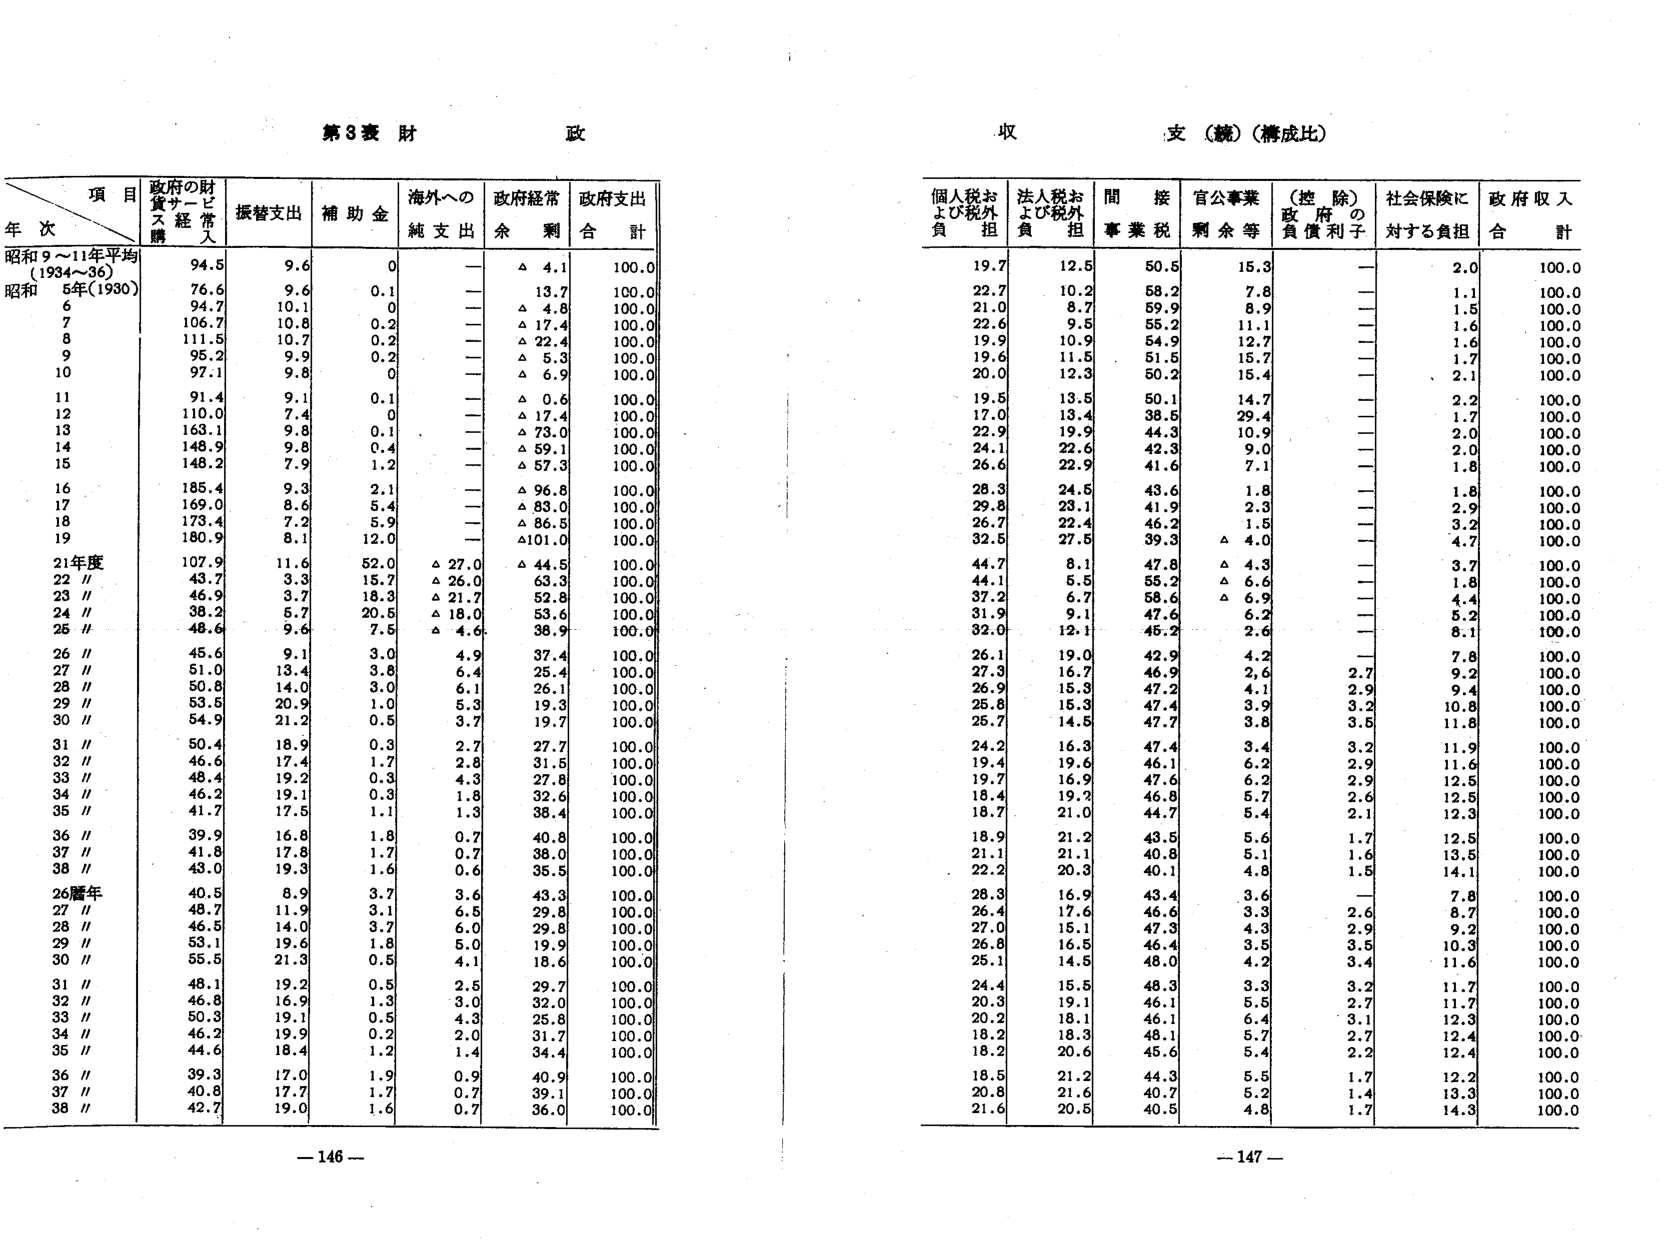
第3表 財 政

収 支（続）（構成比）

項 目
年 次
政府の財
貨サービス
経 常
入
振替支出
補 助 金
海外への
純 支 出
政府経常
余 剰
政府支出
合 計

昭和9～11年平均
(1934～36)
94.5
9.6
0
—
△ 4.1
100.0

昭和5年(1930)
76.6
9.6
0.1
—
13.7
100.0

6
94.7
10.1
0
—
△ 4.8
100.0

7
106.7
10.8
0.2
—
△ 17.4
100.0

8
111.5
10.7
0.2
—
△ 22.4
100.0

9
95.2
9.9
0.2
—
△ 5.3
100.0

10
97.1
9.8
0
—
△ 6.9
100.0

11
91.4
9.1
0.1
—
△ 0.6
100.0

12
110.0
7.4
0
—
△ 17.4
100.0

13
163.1
9.8
0.1
—
△ 73.0
100.0

14
148.9
9.8
0.4
—
△ 59.1
100.0

15
148.2
7.9
1.2
—
△ 57.3
100.0

16
185.4
9.3
2.1
—
△ 96.8
100.0

17
169.0
8.6
5.4
—
△ 83.0
100.0

18
173.4
7.2
5.9
—
△ 86.5
100.0

19
180.9
8.1
12.0
—
△101.0
100.0

21年度
107.9
11.6
52.0
△ 27.0
△ 44.5
100.0

22 //
43.7
3.3
15.7
△ 26.0
63.3
100.0

23 //
46.9
3.7
18.3
△ 21.7
52.8
100.0

24 //
38.2
5.7
20.5
△ 18.0
53.6
100.0

25 //
48.6
9.6
7.5
△ 4.6
38.9
100.0

26 //
45.6
9.1
3.0
4.9
37.4
100.0

27 //
51.0
13.4
3.8
6.4
25.4
100.0

28 //
50.8
14.0
3.0
6.1
26.1
100.0

29 //
53.5
20.9
1.0
5.3
19.3
100.0

30 //
54.9
21.2
0.5
3.7
19.7
100.0

31 //
50.4
18.9
0.3
2.7
27.7
100.0

32 //
46.6
17.4
1.7
2.8
31.5
100.0

33 //
48.4
19.2
0.3
4.3
27.8
100.0

34 //
46.2
19.1
0.3
1.8
32.6
100.0

35 //
41.7
17.5
1.1
1.3
38.4
100.0

36 //
39.9
16.8
1.8
0.7
40.8
100.0

37 //
41.8
17.8
1.7
0.7
38.0
100.0

38 //
43.0
19.3
1.6
0.6
35.5
100.0

26暦年
40.5
8.9
3.7
3.6
43.3
100.0

27 //
48.7
11.9
3.1
6.5
29.8
100.0

28 //
46.5
14.0
3.7
6.0
29.8
100.0

29 //
53.1
19.6
1.8
5.0
19.9
100.0

30 //
55.5
21.3
0.5
4.1
18.6
100.0

31 //
48.1
19.2
0.5
2.5
29.7
100.0

32 //
46.8
16.9
1.3
3.0
32.0
100.0

33 //
50.3
19.1
0.5
4.3
25.8
100.0

34 //
46.2
19.9
0.2
2.0
31.7
100.0

35 //
44.6
18.4
1.2
1.4
34.4
100.0

36 //
39.3
17.0
1.9
0.9
40.9
100.0

37 //
40.8
17.7
1.7
0.7
39.1
100.0

38 //
42.7
19.0
1.6
0.7
36.0
100.0

個人税および税外負担
法人税および税外負担
間接事業税
官公事業剰余等
（控除）政府の負債利子
社会保険に対する負担
政府収入合計

19.7
12.5
50.5
15.3
—
2.0
100.0

22.7
10.2
58.2
7.8
—
1.1
100.0

21.0
8.7
59.9
8.9
—
1.5
100.0

22.6
9.5
55.2
11.1
—
1.6
100.0

19.9
10.9
54.9
12.7
—
1.6
100.0

19.6
11.5
51.5
15.7
—
1.7
100.0

20.0
12.3
50.2
15.4
—
2.1
100.0

19.5
13.5
50.1
14.7
—
2.2
100.0

17.0
13.4
38.5
29.4
—
1.7
100.0

22.9
19.9
44.3
10.9
—
2.0
100.0

24.1
22.6
42.3
9.0
—
2.0
100.0

26.6
22.9
41.6
7.1
—
1.8
100.0

28.3
24.5
43.6
1.8
—
1.8
100.0

29.8
23.1
41.9
2.3
—
2.9
100.0

26.7
22.4
46.2
1.5
—
3.2
100.0

32.5
27.5
39.3
△ 4.0
—
4.7
100.0

44.7
8.1
47.8
△ 4.3
—
3.7
100.0

44.1
5.5
55.2
△ 6.6
—
1.8
100.0

37.2
6.7
58.6
△ 6.9
—
4.4
100.0

31.9
9.1
47.6
6.2
—
5.2
100.0

32.0
12.1
45.2
2.6
—
8.1
100.0

26.1
19.0
42.9
4.2
—
7.8
100.0

27.3
16.7
46.9
2.6
2.7
9.2
100.0

26.9
15.3
47.2
4.1
2.9
9.4
100.0

25.8
15.3
47.4
3.9
3.2
10.8
100.0

25.7
14.5
47.7
3.8
3.5
11.8
100.0

24.2
16.3
47.4
3.4
3.2
11.9
100.0

19.4
19.6
46.1
6.2
2.9
11.6
100.0

19.7
16.9
47.6
6.2
2.9
12.5
100.0

18.4
19.2
46.8
5.7
2.6
12.5
100.0

18.7
21.0
44.7
5.4
2.1
12.3
100.0

18.9
21.2
43.5
5.6
1.7
12.5
100.0

21.1
21.1
40.8
5.1
1.6
13.5
100.0

22.2
20.3
40.1
4.8
1.5
14.1
100.0

28.3
16.9
43.4
3.6
—
7.8
100.0

26.4
17.6
46.6
3.3
2.6
8.7
100.0

27.0
15.1
47.3
4.3
2.9
9.2
100.0

26.8
16.5
46.4
3.5
3.5
10.3
100.0

25.1
14.5
48.0
4.2
3.4
11.6
100.0

24.4
15.5
48.3
3.3
3.2
11.7
100.0

20.3
19.1
46.1
5.5
2.7
11.7
100.0

20.2
18.1
46.1
6.4
3.1
12.3
100.0

18.2
18.3
48.1
5.7
2.7
12.4
100.0

18.2
20.6
45.6
5.4
2.2
12.4
100.0

18.5
21.2
44.3
5.5
1.7
12.2
100.0

20.8
21.6
40.7
5.2
1.4
13.3
100.0

21.6
20.5
40.5
4.8
1.7
14.3
100.0

— 146 —
— 147 —